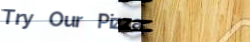
Try Our Pizza